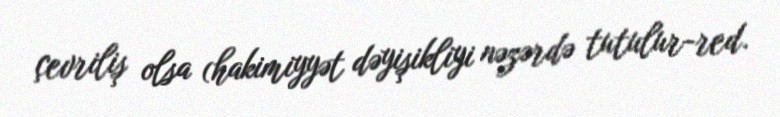
çevriliş olsa (hakimiyyət dəyişikliyi nəzərdə tutulur-red.